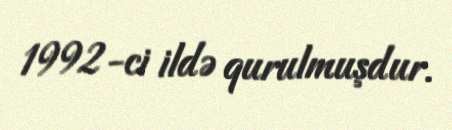
1992-ci ildə qurulmuşdur.